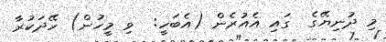
މި ދުނިޔޭގެ  ގައި އެއުރެން (އެބަހީ:  ވި މީހުން) ހޭދަކުރާ